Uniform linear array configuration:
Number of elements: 12
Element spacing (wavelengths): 0.75
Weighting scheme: hann
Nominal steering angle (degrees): -15
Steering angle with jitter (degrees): -15.611
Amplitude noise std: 0.05
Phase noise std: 0.05

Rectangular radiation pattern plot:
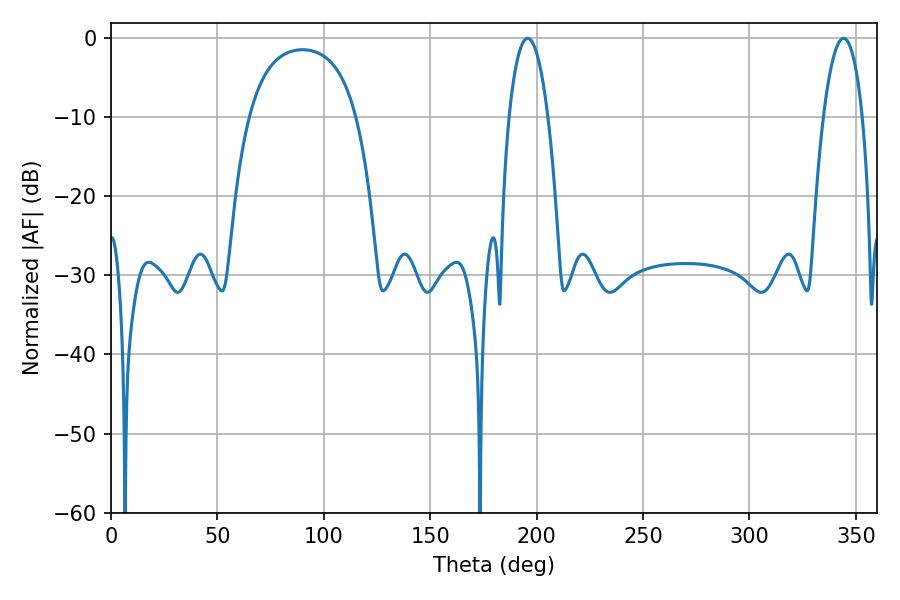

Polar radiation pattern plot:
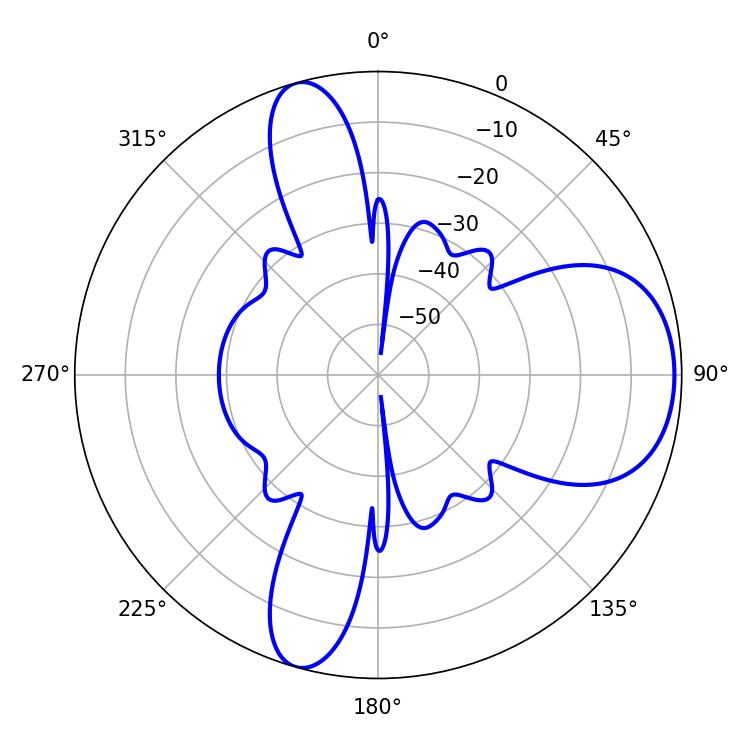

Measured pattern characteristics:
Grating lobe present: TRUE
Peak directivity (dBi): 8.039
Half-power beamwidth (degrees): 10.26
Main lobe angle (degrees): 195.84